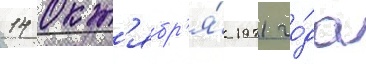
14 окт'ябр'я́ 1971 го́да